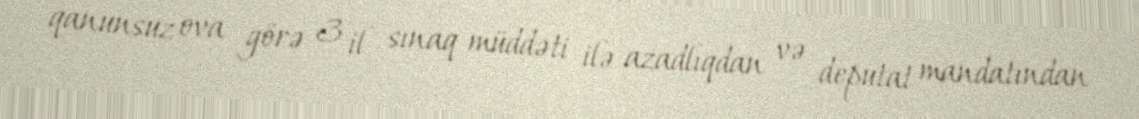
qanunsuz ova görə 3 il sınaq müddəti ilə azadlıqdan və deputat mandatından